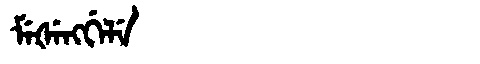
Manchu: ᠮᡝᡧᡝᠩᡤᡝᠯᡝ
Romanization: MEŠENGGELE